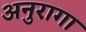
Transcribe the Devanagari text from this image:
अनुरागा